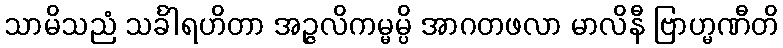
သာမိသညံ သင်္ခါရဟိတာ အဉ္ဇလိကမ္မမ္ပိ အာဂတဖလာ မာလိနီ ဗြာဟ္မဏီတိ